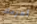
أهزمك